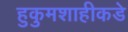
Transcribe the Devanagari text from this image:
हुकुमशाहीकडे